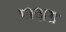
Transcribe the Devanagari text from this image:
पादाग्र